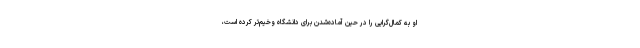
او به کمال‌گرایی را در حین آماده‌شدن برای دانشگاه وخیم‌تر کرده است،